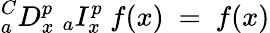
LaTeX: {}_{a}^{C}D_{x}^{p}~{}_{a}I_{x}^{p}~f(x)~=~f(x)